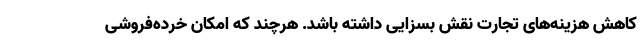
کاهش هزینه‌های تجارت نقش بسزایی داشته باشد. هرچند که امکان خرده‌فروشی